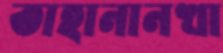
তাহানানখা